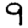
Digit: 9